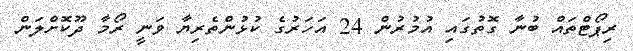
ރިޕޯޓްތައް ބުނާ ގޮތުގައި އުމުރުން 24 އަހަރުގެ ކުޅުންތެރިޔާ ވަނީ ރޯމާ ދޫކޮށްލަން